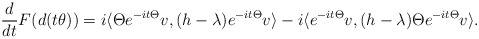
\begin{align*}\frac{d}{dt}F(d(t\theta)) = i \langle \Theta e^{-it\Theta}v, (h-\lambda)e^{-it\Theta}v \rangle - i \langle e^{-it\Theta}v, (h-\lambda)\Theta e^{-it\Theta}v \rangle.\end{align*}